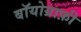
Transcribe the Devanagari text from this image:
बॉयोग्राफ़ी